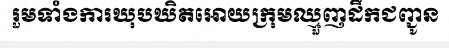
រួមទាំងការឃុបឃិតអោយក្រុមឈ្មួញដឹកជញ្ជូន